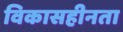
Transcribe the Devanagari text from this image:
विकासहीनता